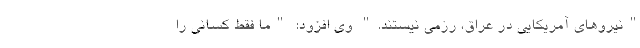
"نیروهای آمریکایی در عراق، رزمی نیستند." وی افزود: "ما فقط کسانی را